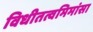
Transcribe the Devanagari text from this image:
विधीतत्वमिमांसा